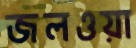
জলওয়া